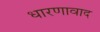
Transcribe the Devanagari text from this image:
धारणावाद